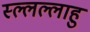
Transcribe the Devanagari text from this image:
स्ल्लल्लाहु